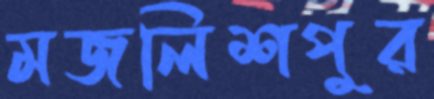
মজলিশপুর